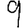
Digit: 9